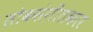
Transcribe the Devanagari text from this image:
लोकसंगीतकार